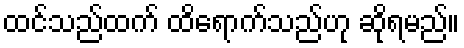
ထင်သည်ထက် ထိရောက်သည်ဟု ဆိုရမည်။